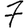
Digit: 7